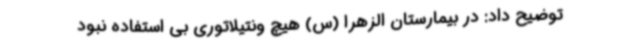
توضیح داد: در بیمارستان الزهرا (س) هیچ ونتیلاتوری بی استفاده نبود